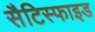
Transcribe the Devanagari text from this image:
सैटिस्फाइड